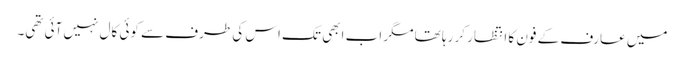
میں عارف کے فون کا انتظار کر رہا تھا مگر اب ابھی تک اس کی طرف سے کوئی کال نہیں آئی تھی۔